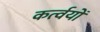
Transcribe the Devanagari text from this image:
कर्त्वयों